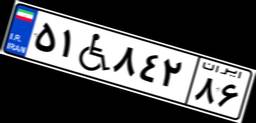
۵۱W۸۴۲۸۶